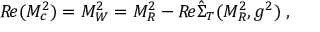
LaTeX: { \cal R } \! e ( M _ { c } ^ { 2 } ) = M _ { W } ^ { 2 } = M _ { R } ^ { 2 } - { \cal R } \! e \hat { \Sigma } _ { T } ( M _ { R } ^ { 2 } , g ^ { 2 } ) \; ,